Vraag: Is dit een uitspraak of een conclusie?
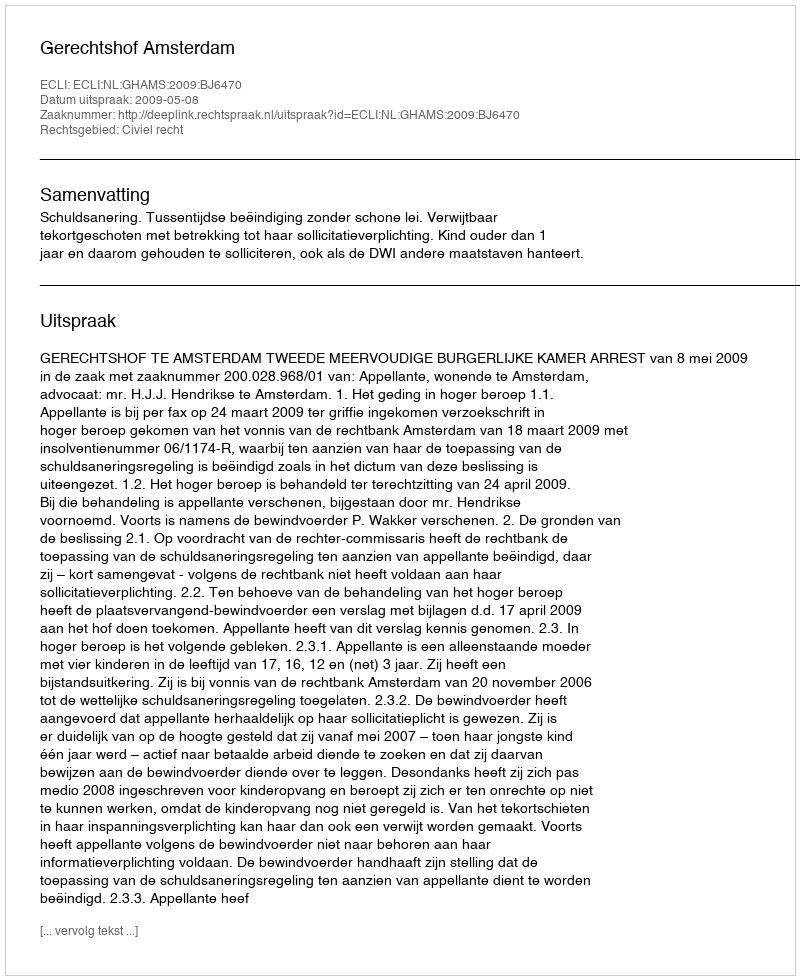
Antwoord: Uitspraak